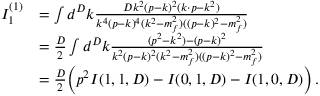
\begin{array} { r l } { I _ { 1 } ^ { ( 1 ) } } & { = \int d ^ { D } k \frac { D k ^ { 2 } ( p - k ) ^ { 2 } ( k \cdot p - k ^ { 2 } ) } { k ^ { 4 } ( p - k ) ^ { 4 } ( k ^ { 2 } - m _ { f } ^ { 2 } ) ( ( p - k ) ^ { 2 } - m _ { f } ^ { 2 } ) } } \\ & { = \frac { D } { 2 } \int d ^ { D } k \frac { ( p ^ { 2 } - k ^ { 2 } ) - ( p - k ) ^ { 2 } } { k ^ { 2 } ( p - k ) ^ { 2 } ( k ^ { 2 } - m _ { f } ^ { 2 } ) ( ( p - k ) ^ { 2 } - m _ { f } ^ { 2 } ) } } \\ & { = \frac { D } { 2 } \Big ( p ^ { 2 } I ( 1 , 1 , D ) - I ( 0 , 1 , D ) - I ( 1 , 0 , D ) \Big ) \, . } \end{array}